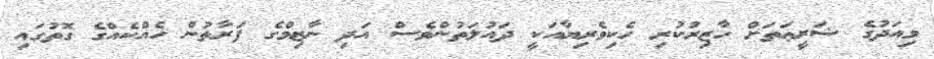
މިއަދުގެ ޝަރީޢަތަށް ހާޒިރުކުރި ހެކިވެރިޔާއަކީ ދައުލަތުންވެސް އަދި ނާޒިމްގެ ފަރާތުން ހެއްކެއްގެ ގޮތުގައި